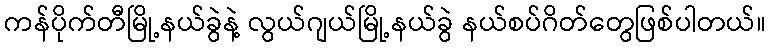
ကန်ပိုက်တီမြို့နယ်ခွဲနဲ့ လွယ်ဂျယ်မြို့နယ်ခွဲ နယ်စပ်ဂိတ်တွေဖြစ်ပါတယ်။